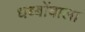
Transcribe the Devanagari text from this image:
धब्बोंवाला